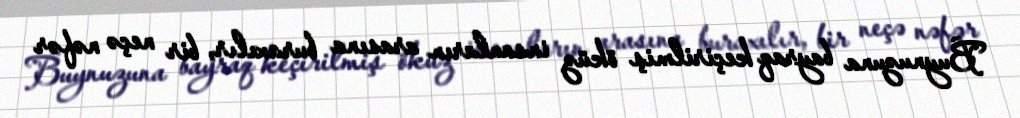
Buynuzuna bayraq keçirilmiş öküz insanların arasına buraxılır, bir neçə nəfər